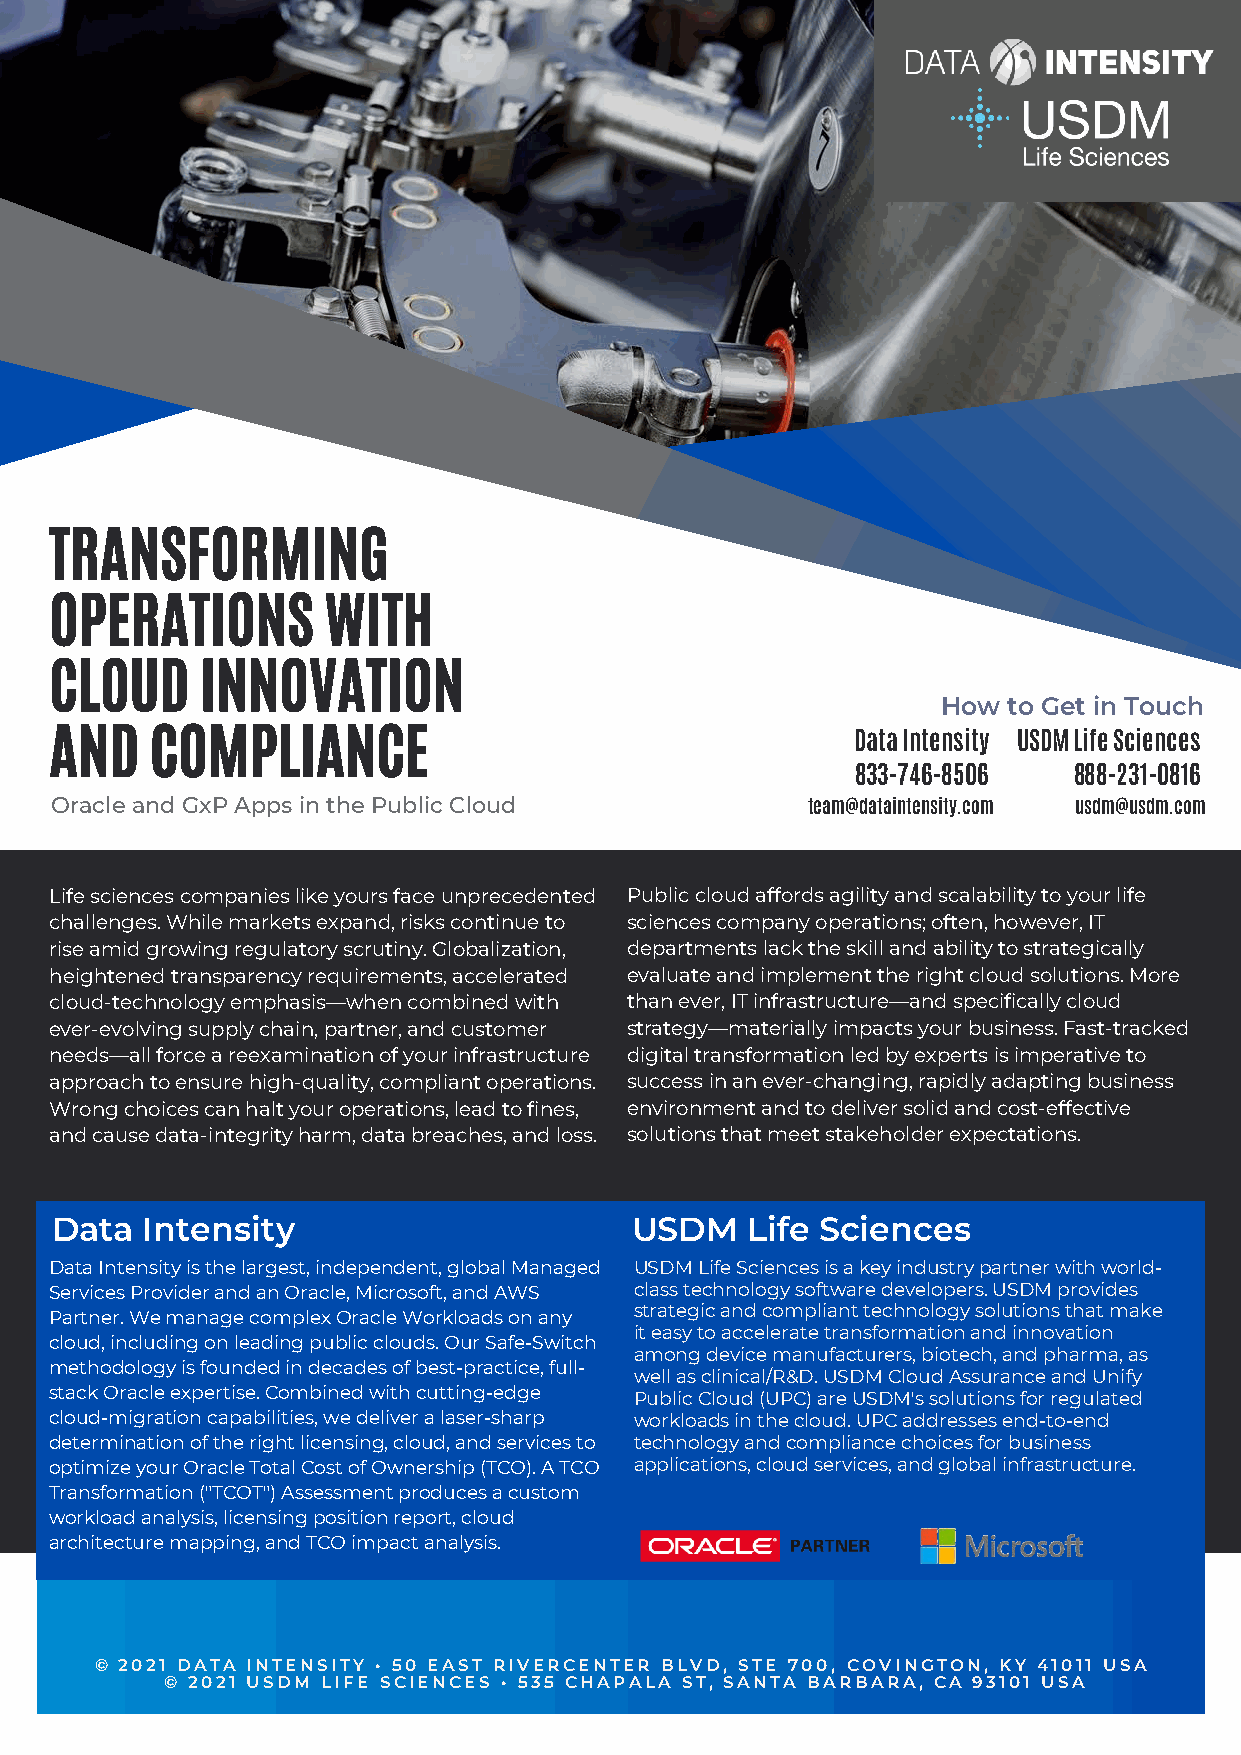
TRANSFORMING
 OPERATIONS         WITH
 CLOUD     INNOVATION
 How  to Get in Touch
 AND    COMPLIANCE                                     Data Intensity USDM Life Sciences
 833-746-8506  888-231-0816
 Oracle and GxP Apps in the Public Cloud            team@dataintensity.com usdm@usdm.com
 Life sciences companies like yours face unprecedented Public cloud affords agility and scalability to your life
 challenges. While markets expand, risks continue to sciences company operations; often, however, IT
 rise amid growing regulatory scrutiny. Globalization, departments lack the skill and ability to strategically
 heightened transparency requirements, accelerated evaluate and implement the right cloud solutions. More
 cloud-technology emphasis—when combined with than ever, IT infrastructure—and specifically cloud
 ever-evolving supply chain, partner, and customer strategy—materially impacts your business. Fast-tracked
 needs—all force a reexamination of your infrastructure digital transformation led by experts is imperative to
 approach to ensure high-quality, compliant operations. success in an ever-changing, rapidly adapting business
 Wrong choices can halt your operations, lead to fines, environment and to deliver solid and cost-effective
 and cause data-integrity harm, data breaches, and loss. solutions that meet stakeholder expectations.
 Data  Intensity                        USDM    Life Sciences
 Data Intensity is the largest, independent, global Managed USDM Life Sciences is a key industry partner with world-
 Services Provider and an Oracle, Microsoft, and AWS class technology software developers. USDM provides
 Partner. We manage complex Oracle Workloads on any strategic and compliant technology solutions that make
 it easy to accelerate transformation and innovation
 cloud, including on leading public clouds. Our Safe-Switch
 among device manufacturers, biotech, and pharma, as
 methodology is founded in decades of best-practice, full-
 well as clinical/R&D. USDM Cloud Assurance and Unify
 stack Oracle expertise. Combined with cutting-edge
 Public Cloud (UPC) are USDM's solutions for regulated
 cloud-migration capabilities, we deliver a laser-sharp workloads in the cloud. UPC addresses end-to-end
 determination of the right licensing, cloud, and services to technology and compliance choices for business
 optimize your Oracle Total Cost of Ownership (TCO). A TCO applications, cloud services, and global infrastructure.
 Transformation ("TCOT") Assessment produces a custom
 workload analysis, licensing position report, cloud
 architecture mapping, and TCO impact analysis.
 © 2021 DATA INTENSITY • 50 EAST RIVERCENTER BLVD, STE 700, COVINGTON, KY 41011 USA
 © 2021 USDM LIFE SCIENCES • 535 CHAPALA ST, SANTA BARBARA, CA 93101 USA